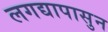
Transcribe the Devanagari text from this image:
लगद्यापासुन